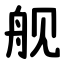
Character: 舰